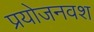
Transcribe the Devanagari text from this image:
प्रयोजनवश